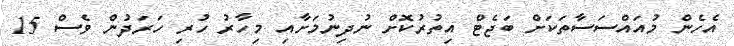
އެހެން މުއައްސަސާތަކަށް ބަޖެޓް އިތުރުކޮށް ނުދިނުމަށާއި މިހާރު ހުރި ހަރަދުން ވެސް 15